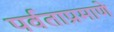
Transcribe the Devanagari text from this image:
पर्वताप्रमाणे